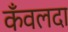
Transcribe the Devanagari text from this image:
कँवलदा